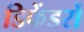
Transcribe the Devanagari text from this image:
डिफेंडरों